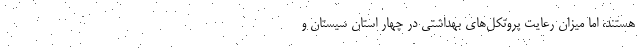
هستند، اما میزان رعایت پروتکل‌های بهداشتی در چهار استان سیستان و